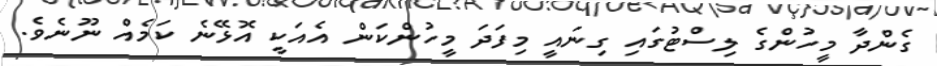
ގެންދާ މީހުންގެ ލިސްޓުގައި ގިނައީ މިފަދަ މީހުންކަން އެއަކީ އޮޅޭނެ ކަމެއް ނޫނެވެ.